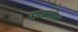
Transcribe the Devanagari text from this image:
राजनोता